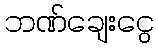
ဘဏ်ချေးငွေ